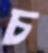
চ